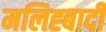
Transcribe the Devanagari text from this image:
मलिह्बादी